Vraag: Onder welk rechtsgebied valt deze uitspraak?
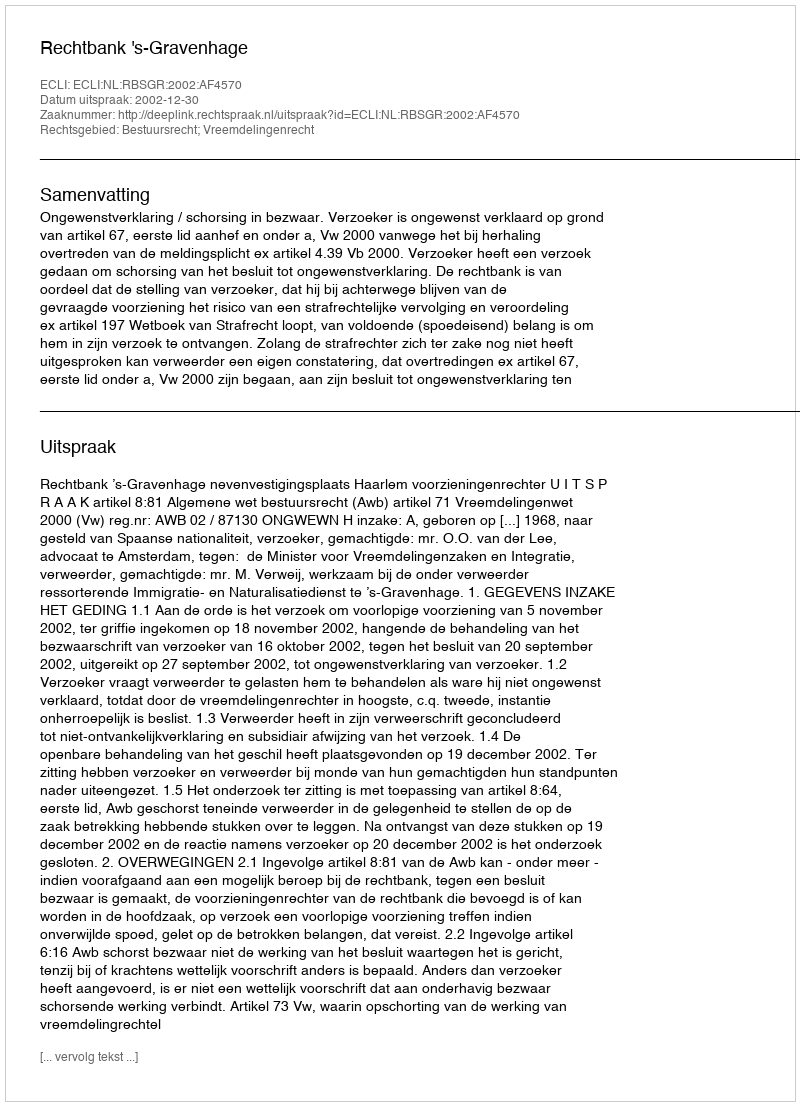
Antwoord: Bestuursrecht; Vreemdelingenrecht